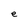
Character: e